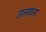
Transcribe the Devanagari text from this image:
छलकता